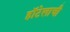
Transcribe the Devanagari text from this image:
हॉटेलाची